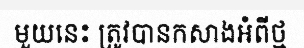
មួយនេះ ត្រូវបានកសាងអំពីថ្ម